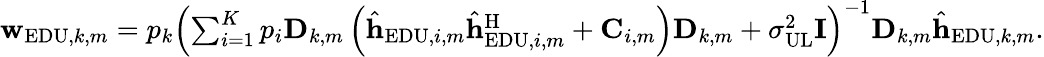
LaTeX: \begin{array}{r}{{\mathbf{w}}_{\mathrm{EDU},k,m}={p_{k}}{\left({\sum_{i=1}^{K}{{p_{i}}{{\mathbf{D}}_{k,m}}\left({{{\hat{\mathbf{h}}}_{\mathrm{EDU},i,m}}\hat{\mathbf{h}}_{\mathrm{EDU},i,m}^{\mathrm{H}}+{{\mathbf{C}}_{i,m}}}\right){{\mathbf{D}}_{k,m}}}+\sigma_{{\mathrm{UL}}}^{2}{{\mathbf{I}}}}\right)^{-1}}{{\mathbf{D}}_{k,m}}{\hat{\mathbf{h}}_{\mathrm{EDU},k,m}}.}\end{array}